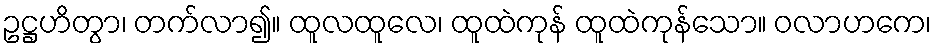
ဥဋ္ဌဟိတွာ၊ တက်လာ၍။ ထူလထူလေ၊ ထူထဲကုန် ထူထဲကုန်သော။ ဝလာဟကေ၊